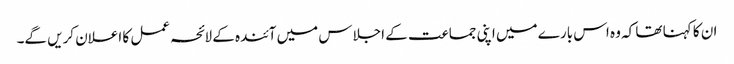
ان کا کہنا تھا کہ وہ اس بارے میں اپنی جماعت کے اجلاس میں آئندہ کے لائحہ عمل کا اعلان کریں گے۔